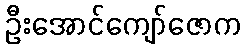
ဦးအောင်ကျော်ဇောက